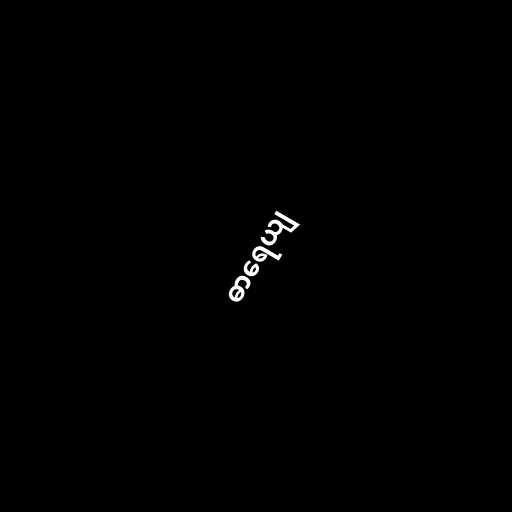
ဓာရေယျ